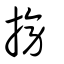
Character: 搒